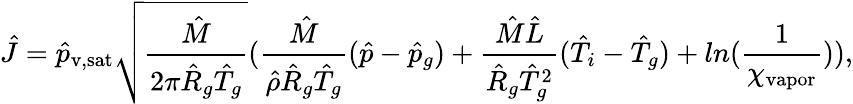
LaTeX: \hat{J}=\hat{p}_{\mathrm{v,sat}}\sqrt{\frac{\hat{M}}{2\pi\hat{R}_{g}\hat{T}_{g}}}(\frac{\hat{M}}{\hat{\rho}\hat{R}_{g}\hat{T}_{g}}(\hat{p}-\hat{p}_{g})+\frac{\hat{M}\hat{L}}{\hat{R}_{g}\hat{T}_{g}^{2}}(\hat{T}_{i}-\hat{T}_{g})+ln(\frac{1}{\chi_{\mathrm{vapor}}})),